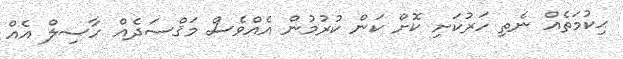
ޙިކުމަތެއް ނެތި ހަރުކަަށި ކޮށް ކަން ކުރުމުން އެއްވެސް މަޤްސަދެއް ހާސިލް އެއް